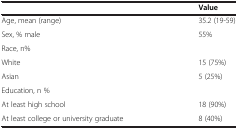
<table><thead><tr><td><b> </b></td><td><b>Value</b></td></tr></thead><tbody><tr><td>Age, mean (range)</td><td>35.2 (19-59)</td></tr><tr><td>Sex, % male</td><td>55%</td></tr><tr><td>Race, n%</td><td> </td></tr><tr><td>White</td><td>15 (75%)</td></tr><tr><td>Asian</td><td>5 (25%)</td></tr><tr><td>Education, n %</td><td> </td></tr><tr><td>At least high school</td><td>18 (90%)</td></tr><tr><td>At least college or university graduate</td><td>8 (40%)</td></tr></tbody></table>